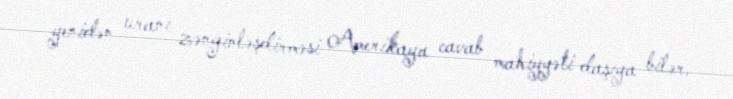
yenidən uranı zənginləşdirməsi Amerikaya cavab mahiyyəti daşıya bilər.